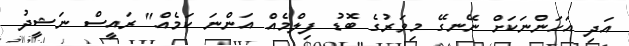
އަދި އަހަންނަކަށް ނޭނގޭ މިވަރުގެ ބޮޑު ފިލްމެއް އަންނަ ކަމެއް" ރައީސް ނަޝީދު